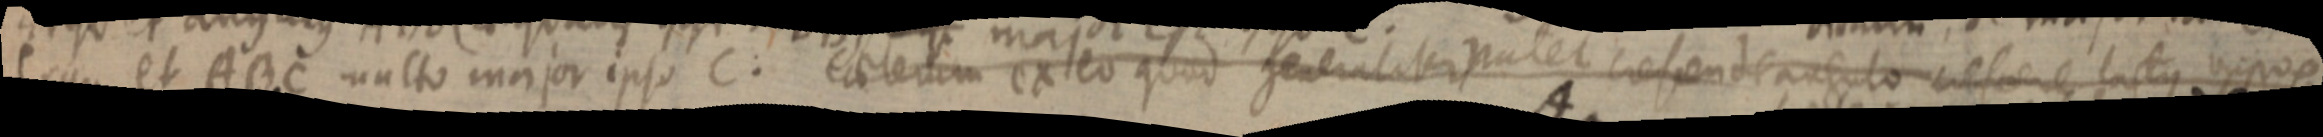
ergo et ABC multo major ipso C. eaterum ex eo quod generaliter patet crefende angulo refere latus _